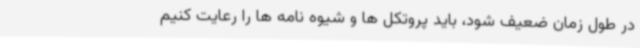
در طول زمان ضعیف شود، باید پروتکل ها و شیوه نامه ها را رعایت کنیم